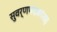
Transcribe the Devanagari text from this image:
सुवर्णपदकांसह